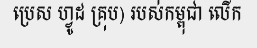
ប្រេស ហ្វូដ គ្រុប) របស់កម្ពុជា លើក